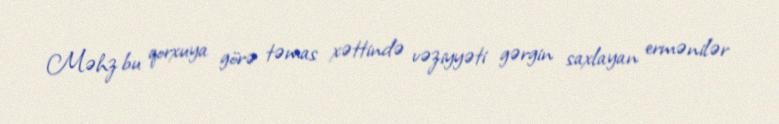
Məhz bu qorxuya görə təmas xəttində vəziyyəti gərgin saxlayan ermənilər